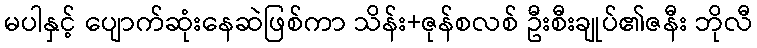
မပါနှင့် ပျောက်ဆုံးနေဆဲဖြစ်ကာ သိန်း+ဇုန်စလစ် ဦးစီးချုပ်၏ဇနီး ဘိုလီ